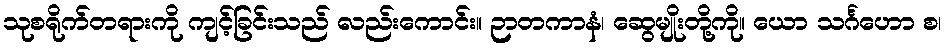
သုစရိုက်တရားကို ကျင့်ခြင်းသည် လည်းကောင်း။ ဉာတကာနံ၊ ဆွေမျိုးတို့ကို။ ယော သင်္ဂဟော စ၊